Report on malaria in the Punjab during the year ...  together with an account of the work of the Punjab Malaria Bureau - Volume 6
Disease focus: Malaria
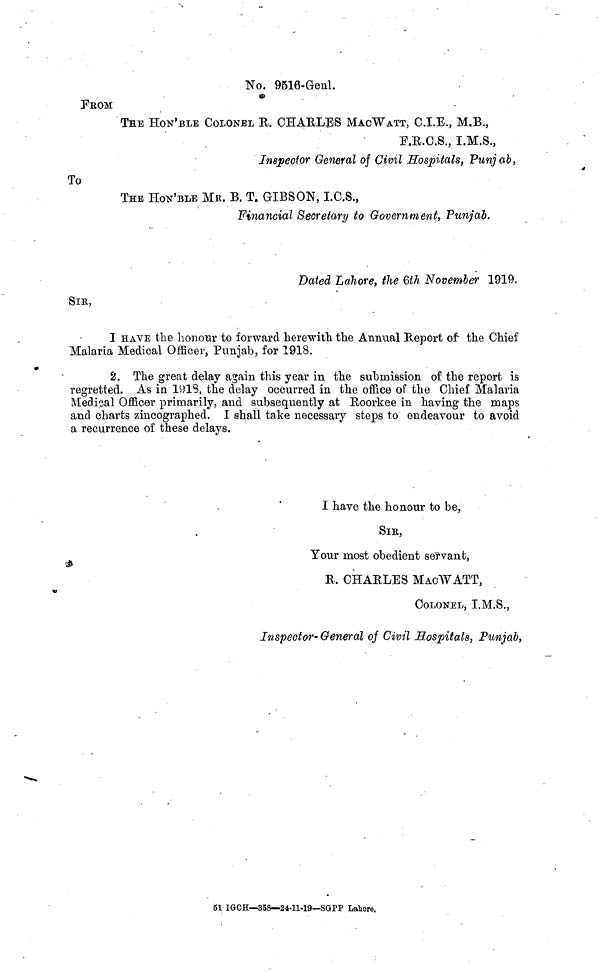
No. 9516-Genl.
PROM
THE HON'BLE COLONEL E. CHAELES MACWATT, C.I.E., M.B.,
F.E.C.S., I.M.S.,
Inspector General of Civil Hospitals, Punjab,
To
THE HOW'BLE MR. B. T. GIBSON, I.C.S.,
Financial Secretary to Government, Punjab.
Dated Lahore, the 6th November 1919.
SIR,
I HAVE the honour to forward herewith the Annual Report of the Chief
Malaria Medical Officer, Punjab, for 1918.
2. The great delay again this year in the submission of the report is
regretted. As in 1918, the delay occurred in the office of the Chief Malaria
Medical Officer primarily, and subsequently at Eoorkee in having the maps
and charts zincographed. I shall take necessary steps to endeavour to avoid
a recurrence of these delays.
I have the honour to be,
SIR,
Your most obedient servant,
K. CHAELES MAO WATT,
COLONEL, I.M.S.,
Inspector- General of Civil Hospitals, Punjab,
51 IGCH—358—24-11-19—SGPP Lahore.